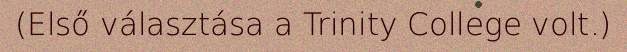
(Első választása a Trinity College volt.)